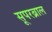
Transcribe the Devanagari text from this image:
सूपरब्राल